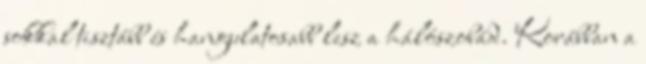
sokkal tisztább és hangulatosabb lesz a hálószobád. Korábban a